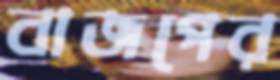
বাজপের